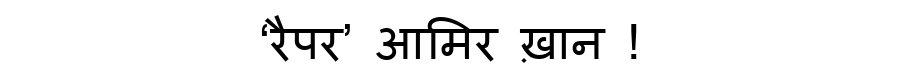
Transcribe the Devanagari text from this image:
‘रैपर’ आमिर ख़ान !